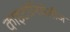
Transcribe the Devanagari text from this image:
काइटोनियेलीज